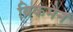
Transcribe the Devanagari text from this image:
ब्रिकमैन